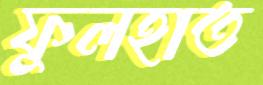
ফুলহাত